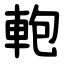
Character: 軳